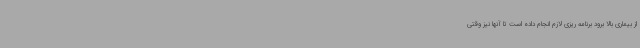
از بیماری بالا برود برنامه ریزی لازم انجام داده است تا آنها نیز وقتی